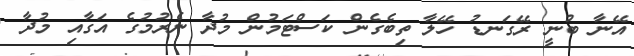
އޭނާ ބުނީ ރޭގަނޑު ހޭލާ ތިބެގެން ކަސްޓަމުން މުދާ ނެރުމުގެ އަގާއި މުދާ